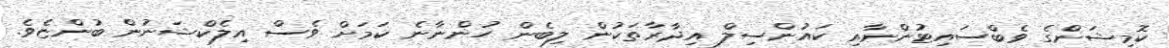
ކޮމިޝަންގެ ވެބްސައިޓުންނާއި ކައުންސިލް އިދާރާތަކުން ލިބެން ހުންނާނެ ކަމަށް ވެސް އިލެކްޝަނުން ބުންޏެވެ.